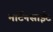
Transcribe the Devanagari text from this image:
मार्टेनसाईट